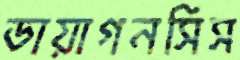
ডায়াগনসিস